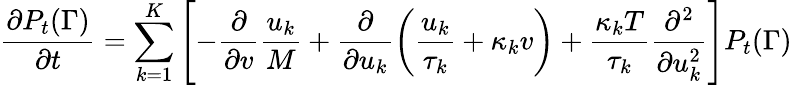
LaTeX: \frac{\partial P_{t}(\Gamma)}{\partial t}=\sum_{k=1}^{K}\left[-\frac{\partial}{\partial v}\frac{u_{k}}{M}+\frac{\partial}{\partial u_{k}}\left(\frac{u_{k}}{\tau_{k}}+\kappa_{k}v\right)+\frac{\kappa_{k}T}{\tau_{k}}\frac{\partial^{2}}{\partial u_{k}^{2}}\right]P_{t}(\Gamma)